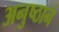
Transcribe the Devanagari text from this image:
अनुष्ठाने